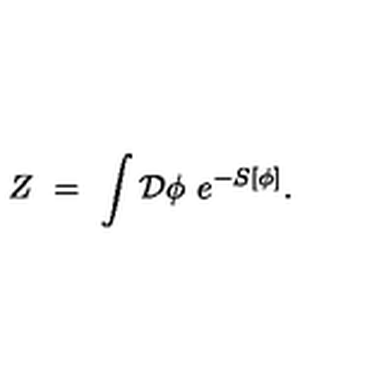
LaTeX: Z \ = \ \int \mathcal { D } \phi \ e ^ { - S [ \phi ] } .